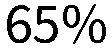
65%